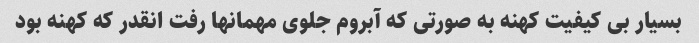
بسیار بی کیفیت کهنه به صورتی که آبروم جلوی مهمانها رفت انقدر که کهنه بود